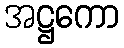
အဋ္ဌကော